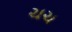
ચચ